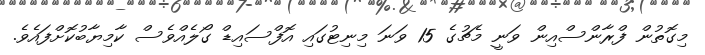
މިގޮތުން ފްރާންސްއިން ވަނީ މެޗުގެ 15 ވަނަ މިނިޓުގައި އޮފްސައިޑް ގޯލެއްވެސް ކާމިޔާބުކޮށްފައެވެ.